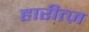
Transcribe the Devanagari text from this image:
हारीत्ज़